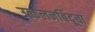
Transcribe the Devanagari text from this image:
उत्कलनबिंदूचा